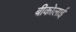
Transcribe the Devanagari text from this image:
बीकोलाई